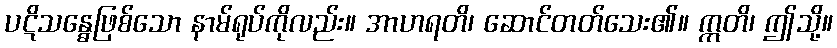
ပဋိသန္ဓေဖြစ်သော နာမ်ရုပ်ကိုလည်း။ အာဟရတိ၊ ဆောင်တတ်သေး၏။ ဣတိ၊ ဤသို့။